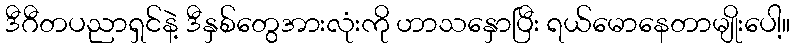
ဒီဂီတပညာရှင်နဲ့ ဒီနှစ်တွေအားလုံးကို ဟာသနှောပြီး ရယ်မောနေတာမျိုးပေါ့။